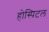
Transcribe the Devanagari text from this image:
होस्पिटल